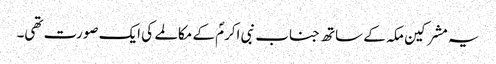
یہ مشرکین مکہ کے ساتھ جناب نبی اکرمؐ کے مکالمے کی ایک صورت تھی۔